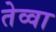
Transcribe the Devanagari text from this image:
तेव्वा